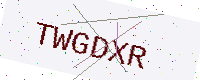
Text: TWGDXR